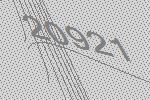
20921